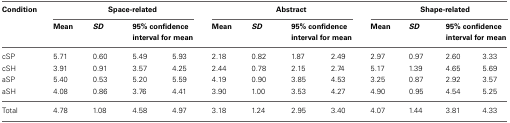
<table><thead><tr><td><b>Condition</b></td><td colspan="4"><b>Space-related</b></td><td colspan="4"><b>Abstract</b></td><td colspan="4"><b>Shape-related</b></td></tr><tr><td></td><td><b>Mean</b></td><td><b><i>SD</i></b></td><td colspan="2"><b>95% confidence interval for mean</b></td><td><b>Mean</b></td><td><b><i>SD</i></b></td><td colspan="2"><b>95% confidence interval for mean</b></td><td><b>Mean</b></td><td><b><i>SD</i></b></td><td colspan="2"><b>95% confidence interval for mean</b></td></tr></thead><tbody><tr><td>cSP</td><td>5.71</td><td>0.60</td><td>5.49</td><td>5.93</td><td>2.18</td><td>0.82</td><td>1.87</td><td>2.49</td><td>2.97</td><td>0.97</td><td>2.60</td><td>3.33</td></tr><tr><td>cSH</td><td>3.91</td><td>0.91</td><td>3.57</td><td>4.25</td><td>2.44</td><td>0.78</td><td>2.15</td><td>2.74</td><td>5.17</td><td>1.39</td><td>4.65</td><td>5.69</td></tr><tr><td>aSP</td><td>5.40</td><td>0.53</td><td>5.20</td><td>5.59</td><td>4.19</td><td>0.90</td><td>3.85</td><td>4.53</td><td>3.25</td><td>0.87</td><td>2.92</td><td>3.57</td></tr><tr><td>aSH</td><td>4.08</td><td>0.86</td><td>3.76</td><td>4.41</td><td>3.90</td><td>1.00</td><td>3.53</td><td>4.27</td><td>4.90</td><td>0.95</td><td>4.54</td><td>5.25</td></tr><tr><td>Total</td><td>4.78</td><td>1.08</td><td>4.58</td><td>4.97</td><td>3.18</td><td>1.24</td><td>2.95</td><td>3.40</td><td>4.07</td><td>1.44</td><td>3.81</td><td>4.33</td></tr></tbody></table>